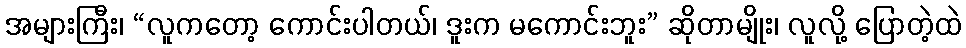
အများကြီး၊ “လူကတော့ ကောင်းပါတယ်၊ ဒူးက မကောင်းဘူး” ဆိုတာမျိုး၊ လူလို့ ပြောတဲ့ထဲ